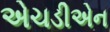
એચડીએન